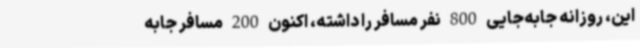
این، روزانه جابه‌جایی 800 نفر مسافر را داشته، اکنون 200 مسافر جابه